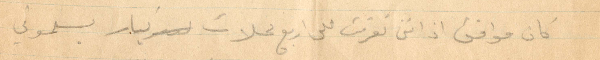
كان موافق اذ انني تعرفت على اربع محلات كبار يسلموني